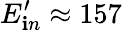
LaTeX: E_{\mathbf{i}n}^{\prime}\approx157